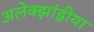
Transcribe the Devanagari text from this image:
अलेक्झांड्रीया